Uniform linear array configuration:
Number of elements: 12
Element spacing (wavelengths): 1
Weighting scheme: hann
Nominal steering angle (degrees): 30
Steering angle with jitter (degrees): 28.769
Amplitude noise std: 0.05
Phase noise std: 0.05

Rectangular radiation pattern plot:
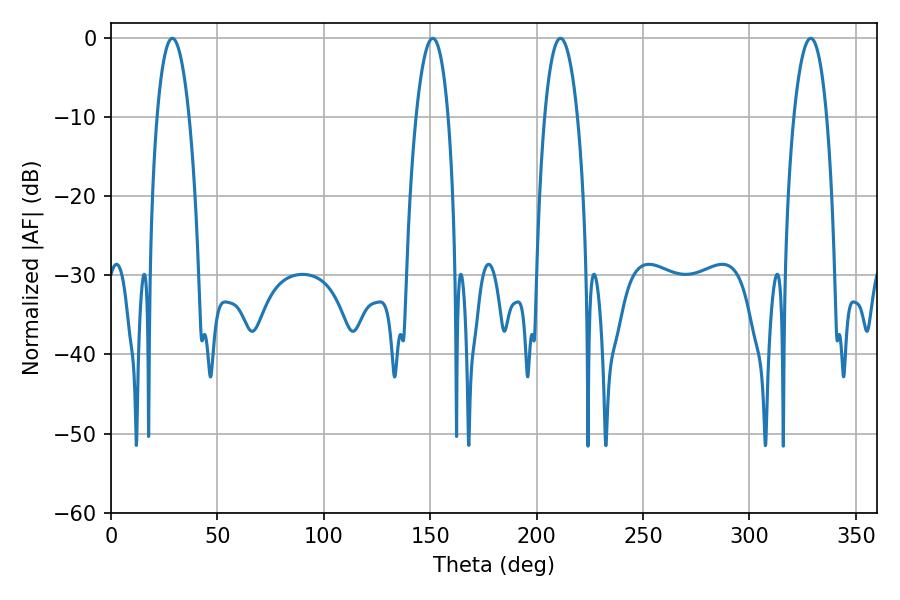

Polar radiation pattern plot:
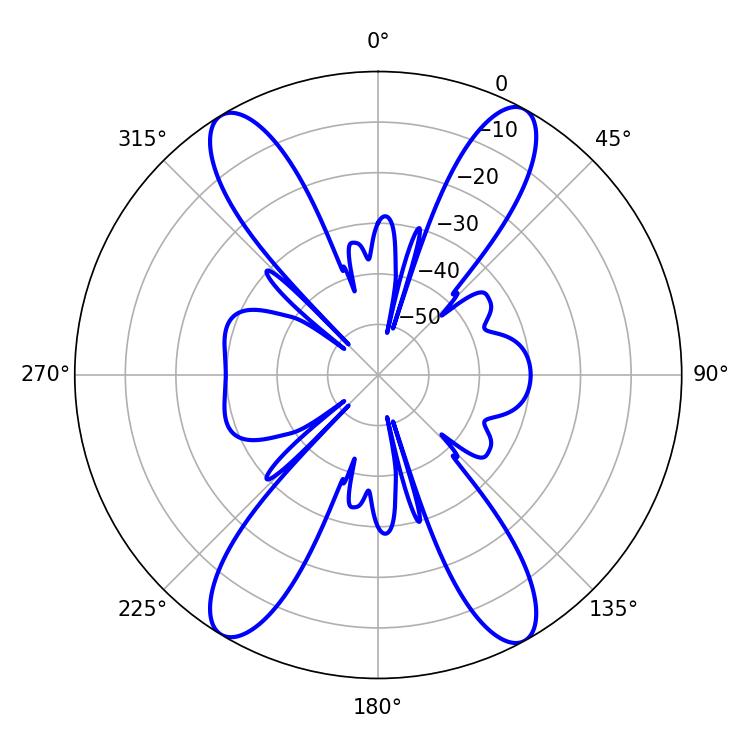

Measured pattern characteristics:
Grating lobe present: TRUE
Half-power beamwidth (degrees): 8.46
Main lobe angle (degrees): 28.8